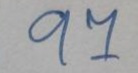
97